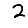
Digit: 2